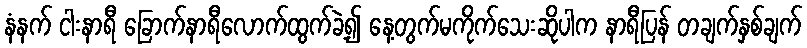
နံနက် ငါးနာရီ ခြောက်နာရီလောက်ထွက်ခဲ့၍ နေ့တွက်မကိုက်သေးဆိုပါက နာရီပြန် တချက်နှစ်ချက်